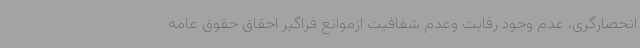
انحصارگری، عدم وجود رقابت وعدم شفافیت ازموانع فراگیر احقاق حقوق عامه